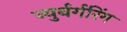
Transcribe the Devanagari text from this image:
न्युर्बर्गरिंग